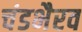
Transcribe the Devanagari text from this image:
चंडभैरव